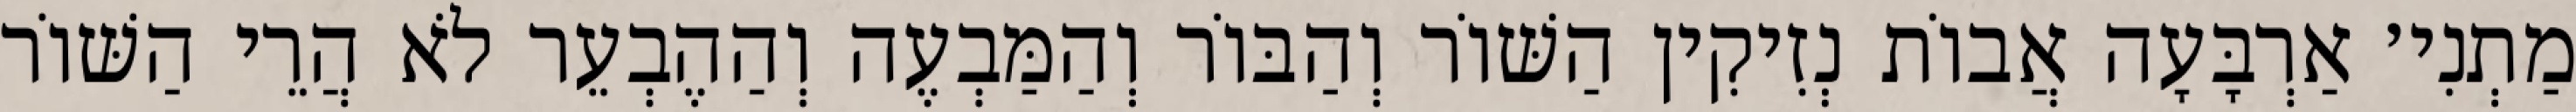
מַתְנִי׳ אַרְבָּעָה אֲבוֹת נְזִיקִין הַשּׁוֹר וְהַבּוֹר וְהַמַּבְעֶה וְהַהֶבְעֵר לֹא הֲרֵי הַשּׁוֹר